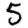
Digit: 5